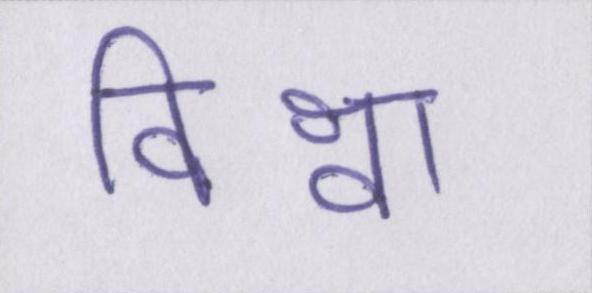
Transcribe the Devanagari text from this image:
विश्वा